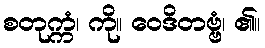
စတုက္ကံ၊ ကို။ ဝေဒိတဗ္ဗံ၊ ၏။